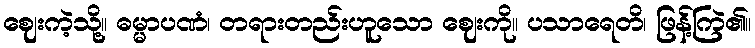
ဈေးကဲ့သို့။ ဓမ္မာပဏံ၊ တရားတည်းဟူသော ဈေးကို။ ပသာရေတိ၊ ဖြန့်ကြဲ၏။